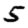
Digit: 5